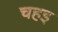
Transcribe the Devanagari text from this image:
चहइ